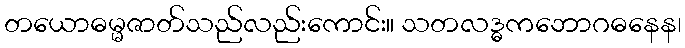
တယောဓမ္မဇာတ်သည်လည်းကောင်း။ သတလဒ္ဓကဘောဂဓနေန၊